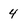
Character: 4